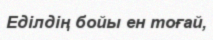
Еділдің бойы ен тоғай,